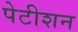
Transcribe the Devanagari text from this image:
पेटीशन